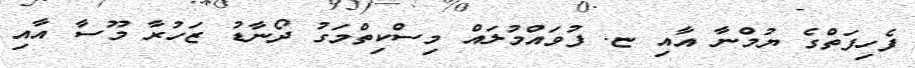
ފެހިފަތްގެ ޔުމްނާ އާއި ޏ. ފުވައްމުލައް މިސްކިތްމަގު ދޯނާޑު ޒަހުރާ މޫސާ އާއި